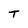
Character: T